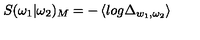
S ( \omega _ { 1 } | \omega _ { 2 } ) _ { M } = - \left\langle l o g \Delta _ { w _ { 1 } , \omega _ { 2 } } \right\rangle